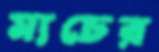
ম্যচের